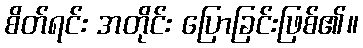
စိတ်ရင်း အတိုင်း ပြောခြင်းဖြစ်၏။